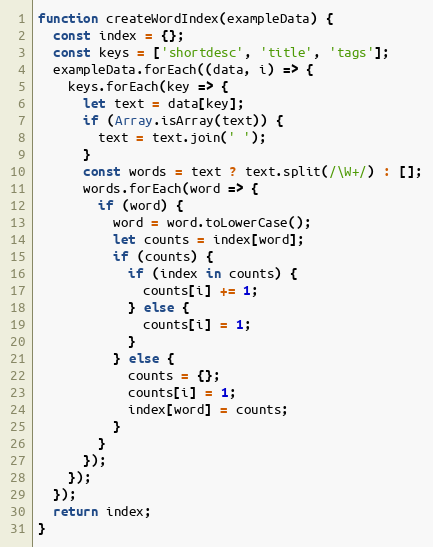
Language: JavaScript
function createWordIndex(exampleData) {
  const index = {};
  const keys = ['shortdesc', 'title', 'tags'];
  exampleData.forEach((data, i) => {
    keys.forEach(key => {
      let text = data[key];
      if (Array.isArray(text)) {
        text = text.join(' ');
      }
      const words = text ? text.split(/\W+/) : [];
      words.forEach(word => {
        if (word) {
          word = word.toLowerCase();
          let counts = index[word];
          if (counts) {
            if (index in counts) {
              counts[i] += 1;
            } else {
              counts[i] = 1;
            }
          } else {
            counts = {};
            counts[i] = 1;
            index[word] = counts;
          }
        }
      });
    });
  });
  return index;
}